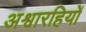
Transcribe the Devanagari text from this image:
अश्वारहियों